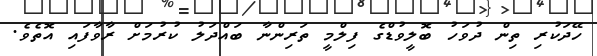
ހޭދަކުރި ތިން ދުވަހު ބޮލީވުޑްގެ ފިލްމީ ތަރިންނާ ބައްދަލު ކުރުމަށް ރާވާފައި އޮތެވެ.